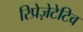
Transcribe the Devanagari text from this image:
रिप्रेज़ेटेटिव